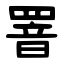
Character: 罯